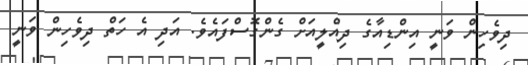
ދިވެހިން ވަނީ އިންޑިއާގެ ދިއްލީއަށް ގެންގޮސްފައެވެ. އަދި އެ ހަތް ދިވެހިން ވަނީ